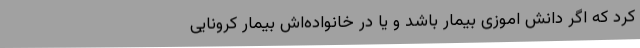
کرد که اگر دانش اموزی بیمار باشد و یا در خانواده‌اش بیمار کرونایی